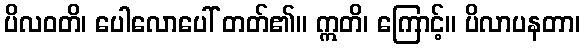
ပိလဝတိ၊ ပေါလောပေါ် တတ်၏။ ဣတိ၊ ကြောင့်။ ပိလာပနတာ၊